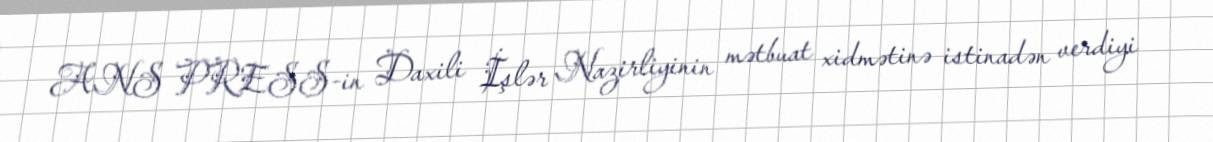
ANS PRESS-in Daxili İşlər Nazirliyinin mətbuat xidmətinə istinadən verdiyi